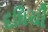
દધિચી